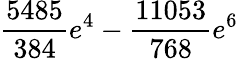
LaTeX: \frac{5485}{384}e^{4}-\frac{11053}{768}e^{6}